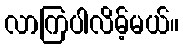
လာကြပါလိမ့်မယ်။